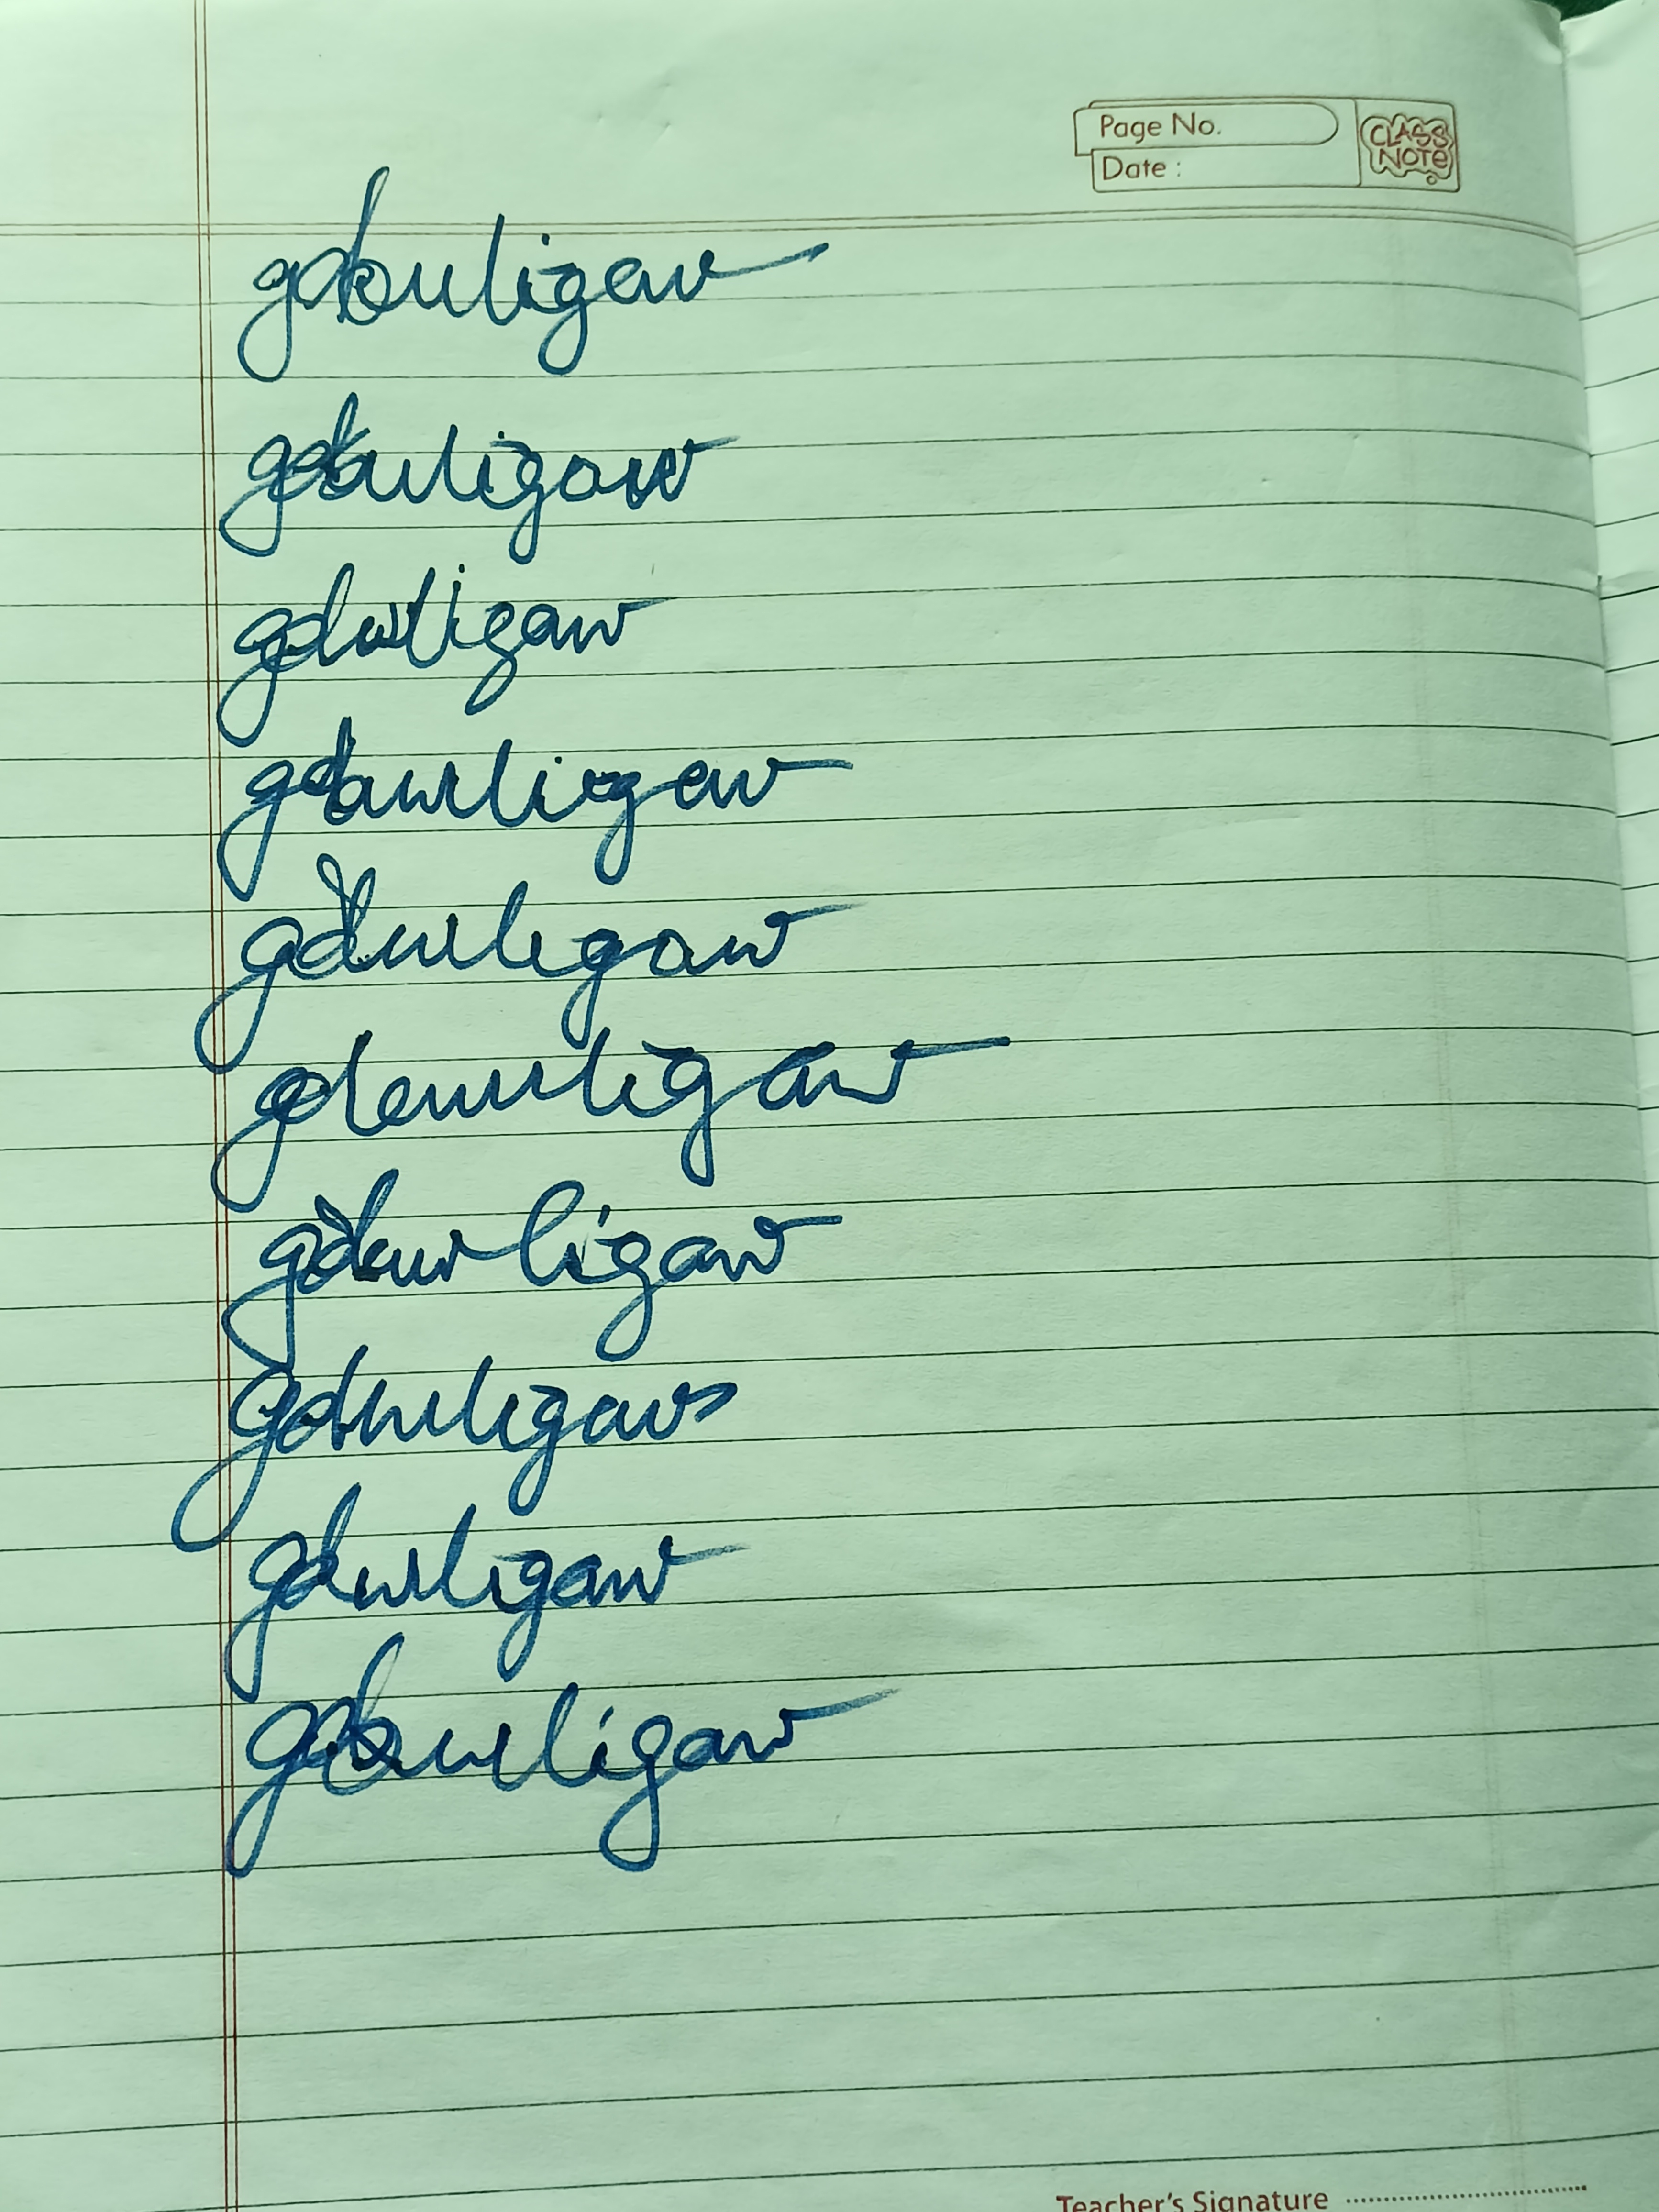
Signature authenticity: forged